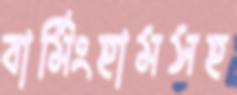
বার্মিংহামসহ